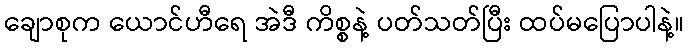
ချောစုက ယောင်ဟီရေ အဲဒီ ကိစ္စနဲ့ ပတ်သတ်ပြီး ထပ်မပြောပါနဲ့။